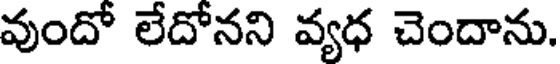
వుందో లేదోనని వ్యధ చెందాను.